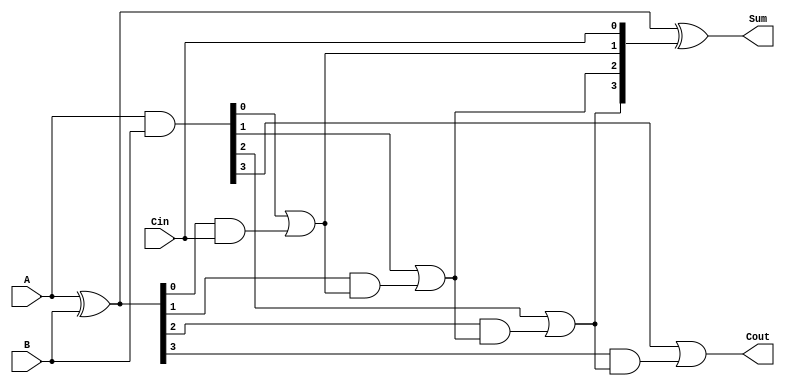
module RCA_4bit (
    input [3:0] A,
    input [3:0] B,
    input Cin,
    output [3:0] Sum,
    output Cout
);
    wire [3:0] G, P, C;

    // Generate and propagate signals
    assign G = A & B; // Generate
    assign P = A ^ B; // Propagate

    // Carry generation
    assign C[0] = Cin;
    assign C[1] = G[0] | (P[0] & C[0]);
    assign C[2] = G[1] | (P[1] & C[1]);
    assign C[3] = G[2] | (P[2] & C[2]);
    assign Cout = G[3] | (P[3] & C[3]);

    // Sum calculation
    assign Sum = P ^ C;

endmodule